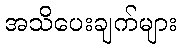
အသိပေးချက်များ